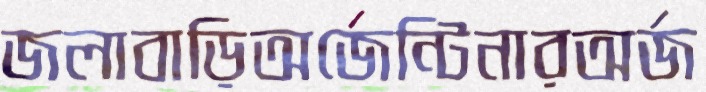
জলাবাড়িঅর্জেন্টিনারঅর্জ